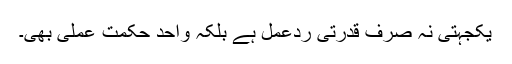
یکجہتی نہ صرف قدرتی ردِعمل ہے بلکہ واحد حکمتِ عملی بھی۔